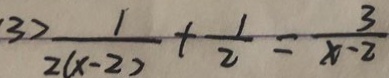
3 ) \frac { 1 } { 2 ( x - 2 ) } + \frac { 1 } { 2 } = \frac { 3 } { x - 2 }